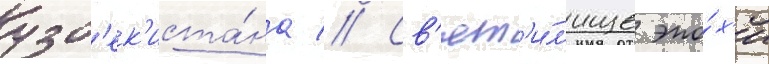
узб'ек'иста́на // Св'ят'и́л'ище эпо́х'и